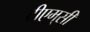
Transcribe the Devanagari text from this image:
टीएम्‌सी